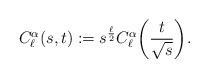
LaTeX: \begin{align*}C^\alpha_\ell(s,t):= s^{\frac{\ell}{2}} C^\alpha_\ell \bigg(\frac{t}{\sqrt{s}}\bigg).\end{align*}